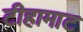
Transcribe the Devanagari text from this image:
टीहामाट